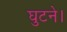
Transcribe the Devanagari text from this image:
घुटने।